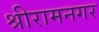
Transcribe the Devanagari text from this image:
श्रीरामनगर